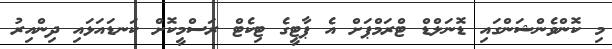
މި ކޮންވެންޝަންގައި ޑޮނަލްޑް ޓްރަމްޕަށް އެ ޕާޓީގެ ޓިކެޓް ރަސްމީކޮށް ކަނޑައަޅައި ދިންއިރު